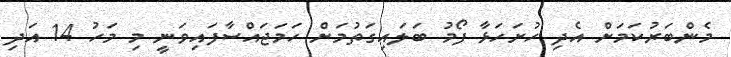
މެންބަރުކަމަށް އެދި ހުށަހަޅާ ފޯމު ބަލައިގަތުމަށް ހަމަޖައްސާފައިވަނީ މި މަހު 14 އަދި